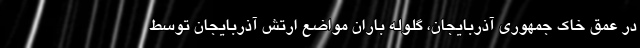
در عمق خاک جمهوری آذربایجان، گلوله باران مواضع ارتش آذربایجان توسط